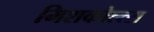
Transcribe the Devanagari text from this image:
मिशकोल्त्स